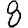
Digit: 8